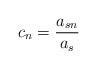
LaTeX: \begin{align*} c_{n} & = \dfrac{a_{sn}}{a_{s}} \end{align*}